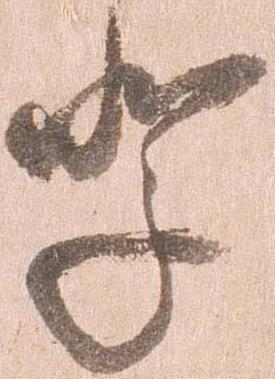
輩